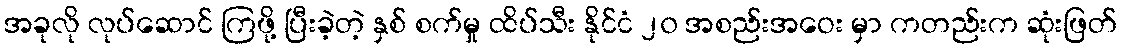
အခုလို လုပ်ဆောင် ကြဖို့ ပြီးခဲ့တဲ့ နှစ် စက်မှု ထိပ်သီး နိုင်ငံ ၂၀ အစည်းအဝေး မှာ ကတည်းက ဆုံးဖြတ်